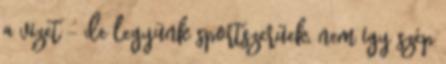
a vizet – de legyünk sportszerűek, nem így szép